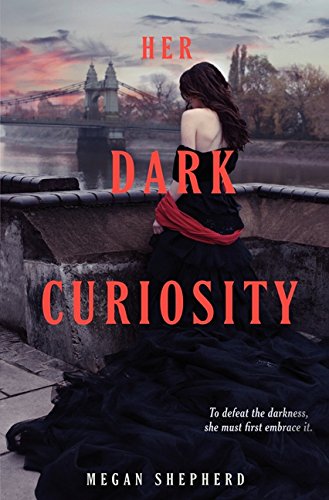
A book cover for Her Dark Curiosity (Madman's Daughter); Megan Shepherd; Teen & Young Adult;